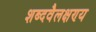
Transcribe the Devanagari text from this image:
शब्दवैलक्षण्य